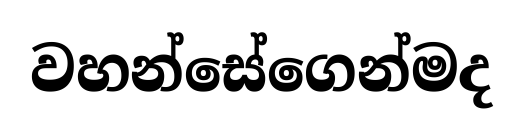
වහන්සේගෙන්මද